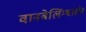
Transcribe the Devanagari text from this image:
वानबेलिंग्श्वासेन